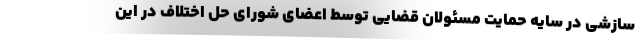
سازشی در سایه حمایت مسئولان قضایی توسط اعضای شورای حل اختلاف در این